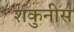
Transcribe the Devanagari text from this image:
शकुनीस